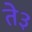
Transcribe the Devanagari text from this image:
ते३